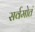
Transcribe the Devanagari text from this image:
सर्वमोतं